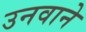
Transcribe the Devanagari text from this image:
उनवाने